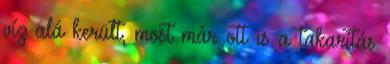
víz alá került, most már ott is a takarítás